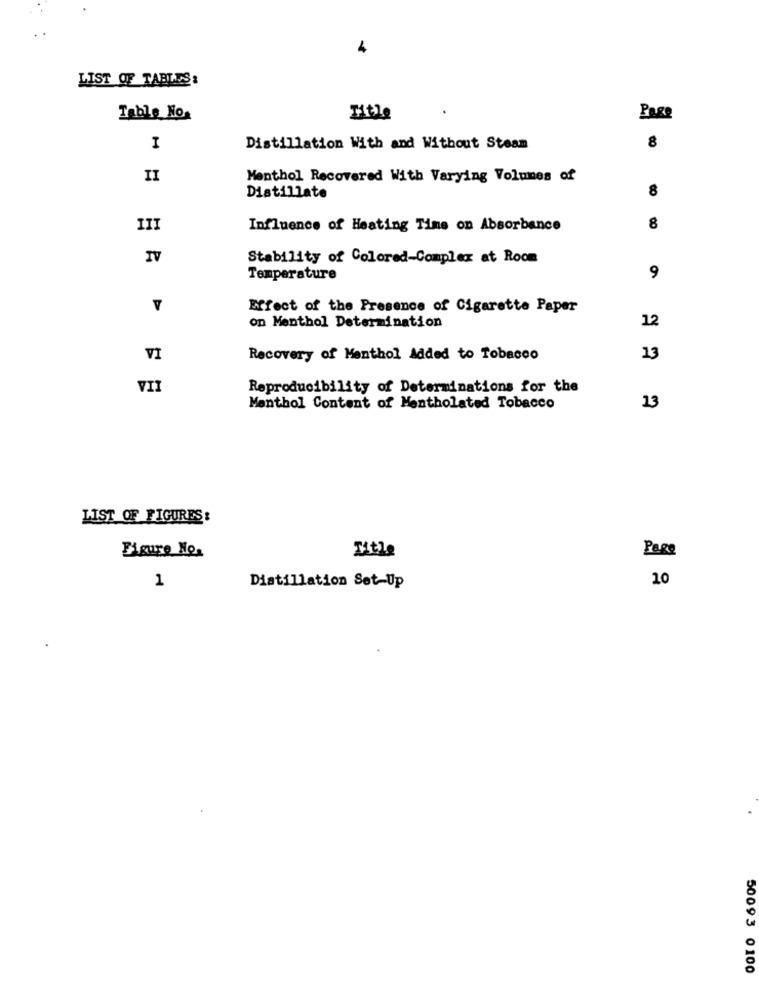
4
LIST OF TABLES:
Tablo No.
Mitle
Pase
8
I
Distillation With and Without Steam
II
Menthol Recovered With Varying Volumes of
Distillate
8
III
Influence of Heating Time on Absorbance
8
IV
Stability of Colored-Complex at Room
Temperature
9
Effect of the Presence of Cigarette Paper
12
on Menthol Determination
VI
Recovery of Menthol Added to Tobacco
13
VII
Reproducibility of Determinations for the
Menthol Content of Mentholated Tobacco
13
LIST OF FIGURES:
Title
Page
Figure No.
1
10
Distillation Set-Up
50093 0100